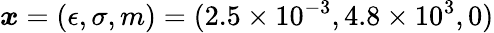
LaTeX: \displaystyle\boldsymbol{x}=(\epsilon,\sigma,m)=(2.5\times 10^{-3},4.8\times 10^{3},0)